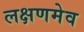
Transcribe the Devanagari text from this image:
लक्षणमेव